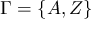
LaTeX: \Gamma = \{ A , Z \}